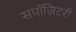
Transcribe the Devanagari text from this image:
सपॉज़िटरी